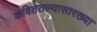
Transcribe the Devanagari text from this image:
कवितेतल्यासारख्या